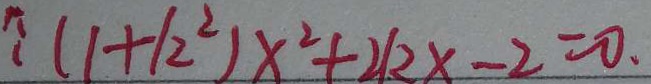
\because ( 1 + 1 2 ^ { 2 } ) x ^ { 2 } + 2 k x - 2 = 0 .